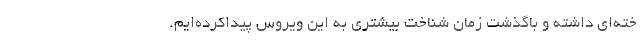
خته‌ای داشته و باگذشت زمان شناخت بیشتری به این ویروس پیداکرده‌ایم.